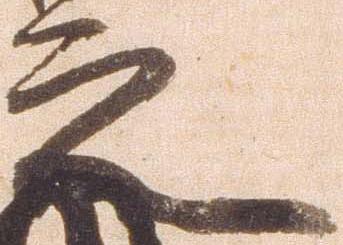
之